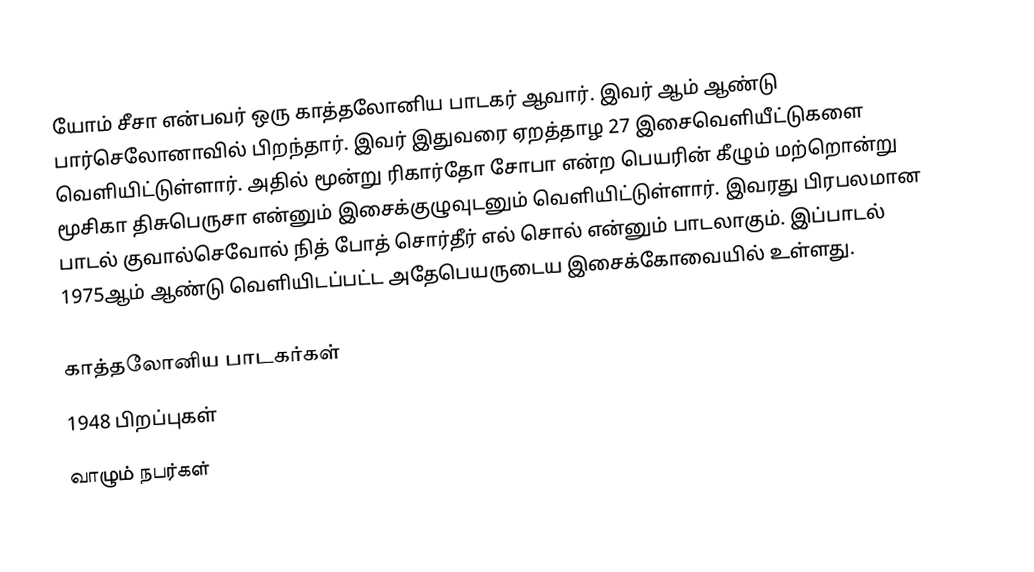
யோம் சீசா என்பவர் ஒரு காத்தலோனிய பாடகர் ஆவார். இவர் ஆம் ஆண்டு பார்செலோனாவில் பிறந்தார். இவர் இதுவரை ஏறத்தாழ 27 இசைவெளியீட்டுகளை வெளியிட்டுள்ளார். அதில் மூன்று ரிகார்தோ சோபா என்ற பெயரின் கீழும் மற்றொன்று மூசிகா திசுபெருசா என்னும் இசைக்குழுவுடனும் வெளியிட்டுள்ளார். இவரது பிரபலமான பாடல் குவால்செவோல் நித் போத் சொர்தீர் எல் சொல் என்னும் பாடலாகும். இப்பாடல் 1975ஆம் ஆண்டு வெளியிடப்பட்ட அதேபெயருடைய இசைக்கோவையில் உள்ளது.

காத்தலோனிய பாடகர்கள்
1948 பிறப்புகள்
வாழும் நபர்கள்